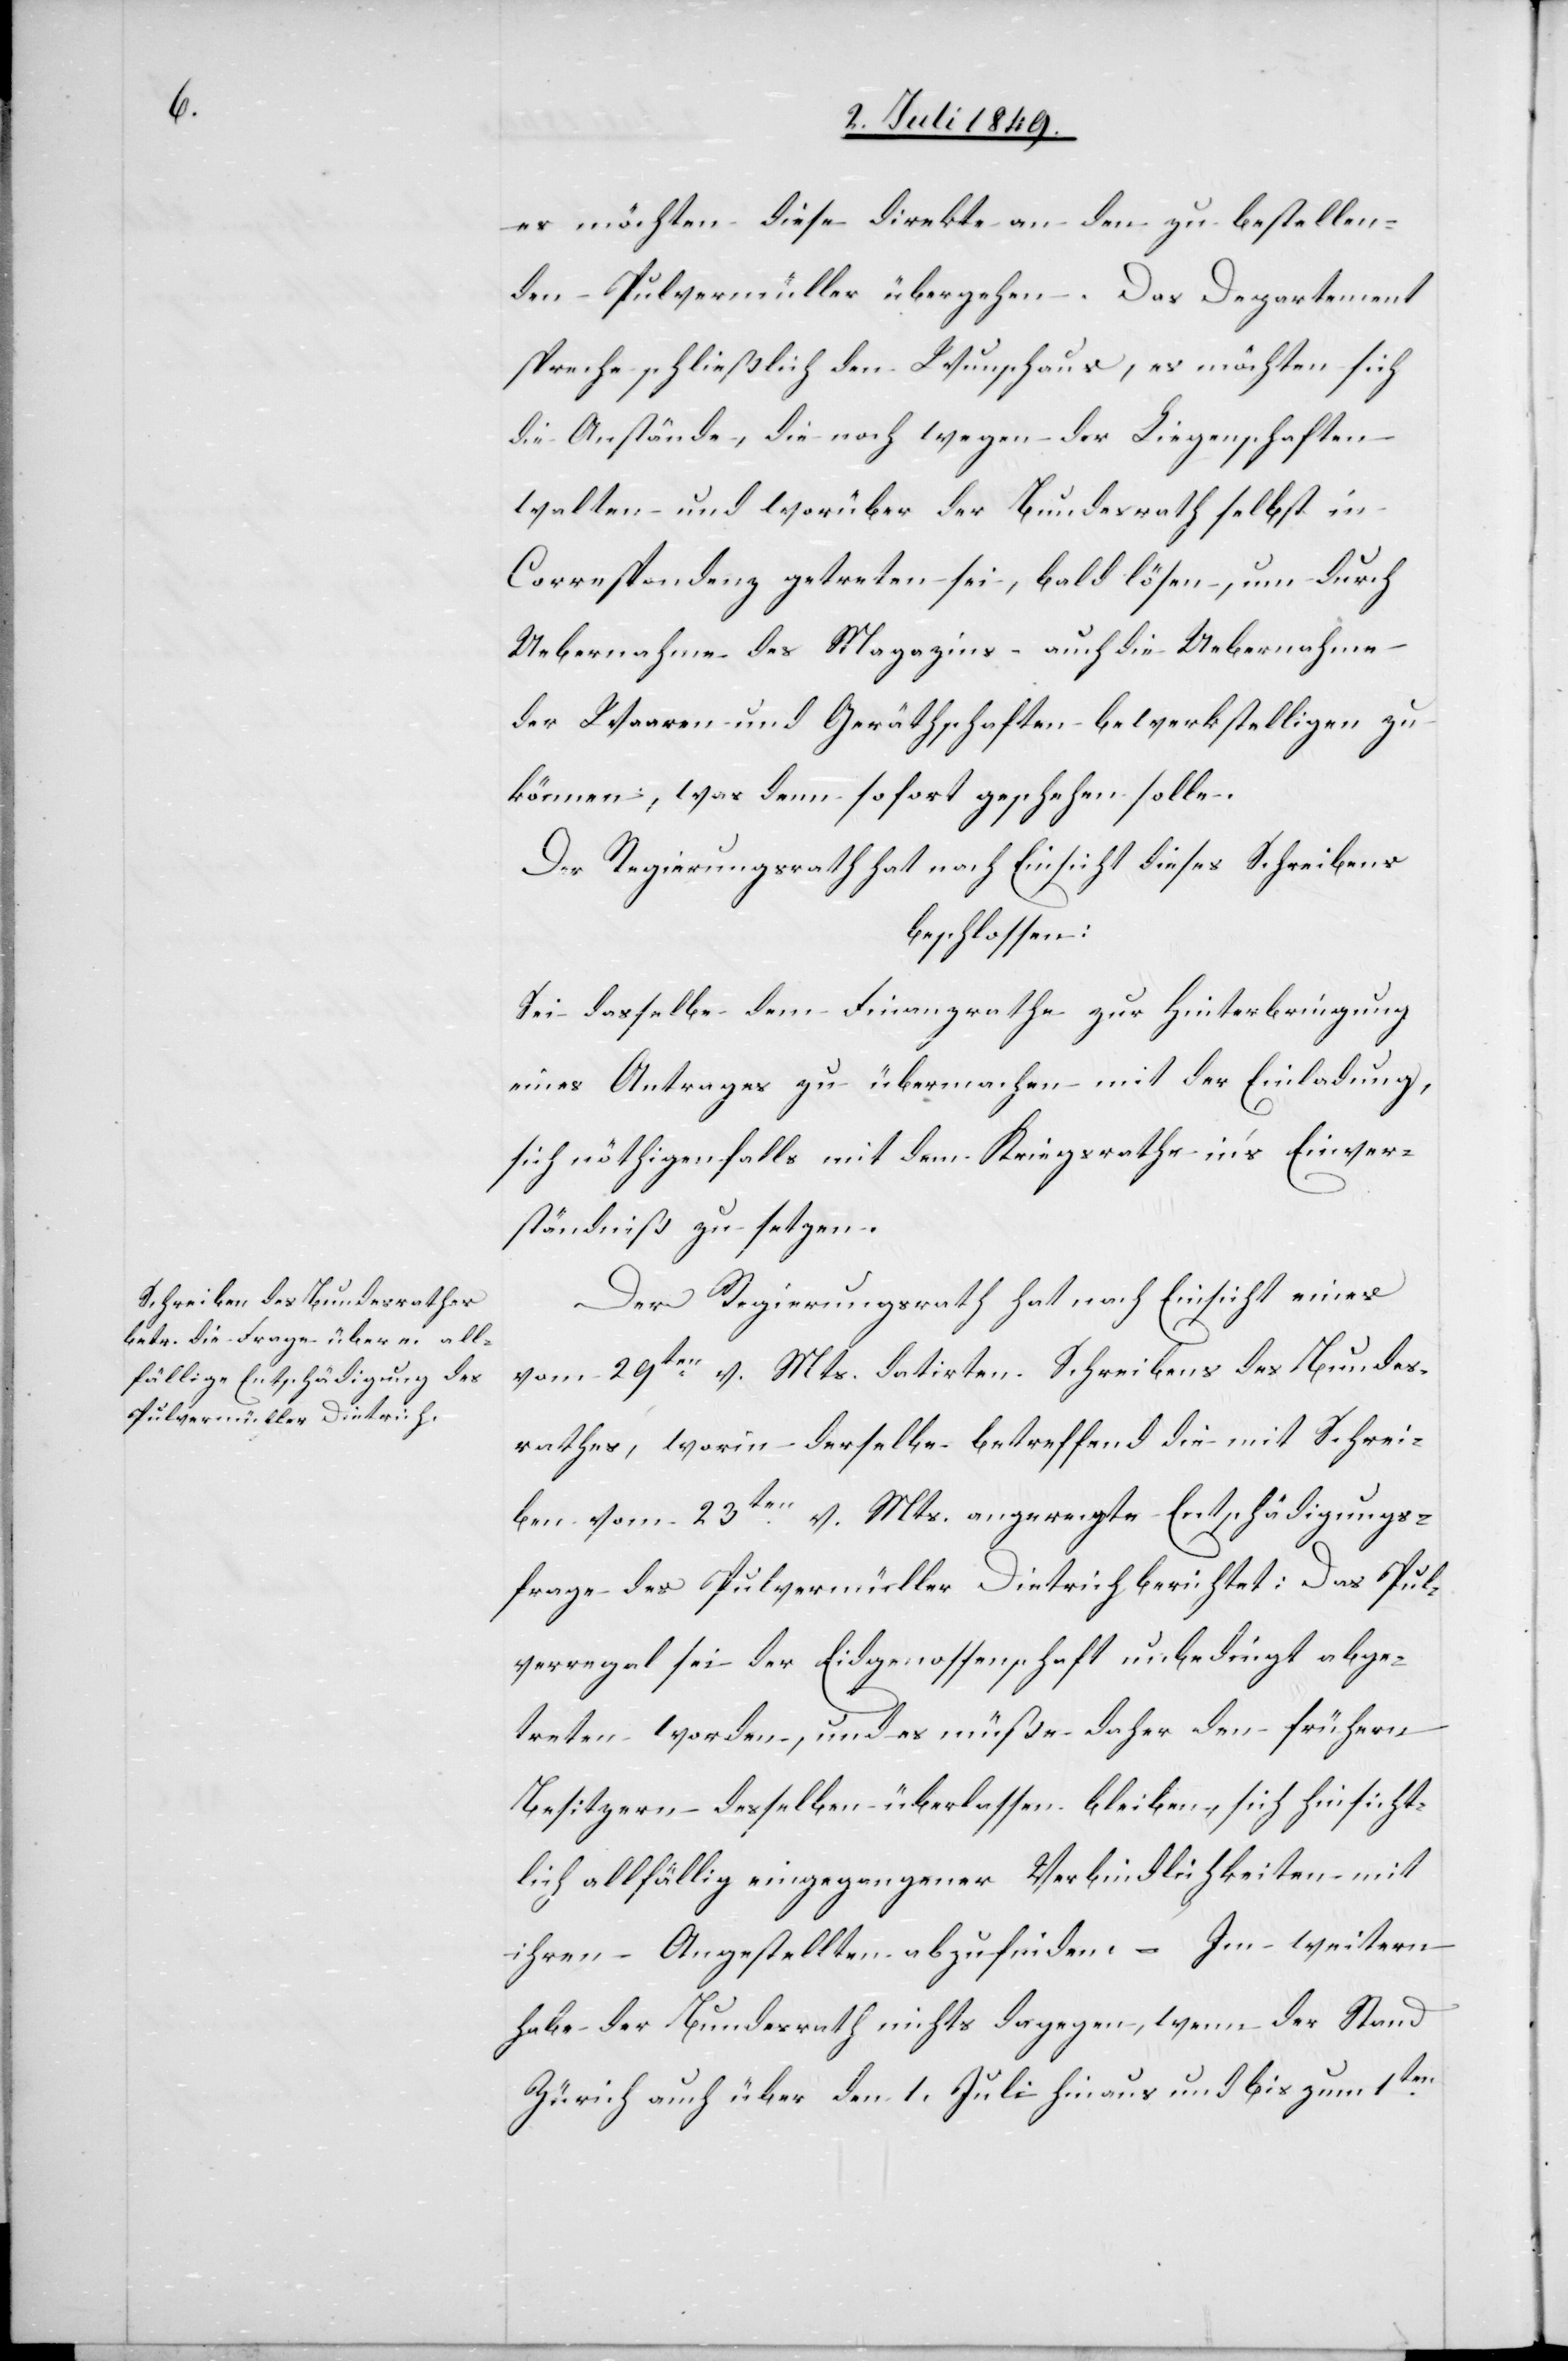
es möchten diese direkte an den zu bestellen¬
den Pulvermüller übergehen. Das Departement
spreche schließlich den Wunsch aus, es möchten sich
die Anstände, die noch wegen der Liegenschaften
walten und worüber der Bundesrath selbst in
Correspondenz getreten sei, bald lösen, um durch
Uebernahme des Magazins – auch die Uebernahme
der Waaren und Geräthschaften bewerkstelligen zu
können; was denn sofort geschehen solle.
Der Regierungsrath hat nach Einsicht dieses Schreibens
beschlossen:
Sei dasselbe dem Finanzrathe zur Hinterbringung
eines Antrages zu übermachen mit der Einladung,
sich nöthigenfalls mit dem Kriegsrathe in’s Einver¬
ständniß zu setzen.
Der Regierungsrath hat nach Einsicht eines
vom 29ten v. Mts. datirten Schreibens des Bundes¬
rathes, worin derselbe betreffend die mit Schrei¬
ben vom 23ten v. Mts. angeregte Entschädigungs¬
frage des Pulvermüller Dietrich berichtet: Das Pul¬
verregal sei der Eidgenossenschaft unbedingt abge¬
treten worden, und es müße daher den frühern
Besitzern desselben überlassen bleiben, sich hinsicht¬
lich allfällig eingegangener Verbindlichkeiten mit
ihren Angestellten abzufinden. – Im weitern
habe der Bezirksrath nichts dagegen, wenn der Stand
Zürich auch über den 1. Juli hinaus und bis zum 1ten